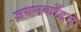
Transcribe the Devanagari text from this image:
जयनकोंडम